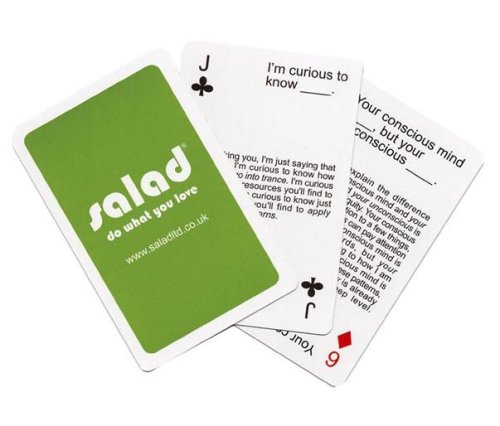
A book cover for Ericksonian Hypnosis Cards-Salad: do what you love; Jamie Smart; Self-Help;